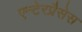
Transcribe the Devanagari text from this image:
एन्टेरप्रैसेस